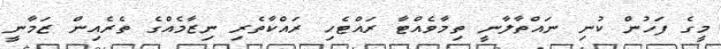
މީގެ ފަހުން ކުނި ނައްތާލާނީ ތިމާވެއްޓާ ރައްޓެހި ރައްކާތެރި ނިޒާމެއްގެ ތެރެއިން ޒަމާނީ